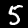
Digit: 5